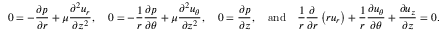
0 = - \frac { \partial p } { \partial r } + \mu \frac { \partial ^ { 2 } u _ { r } } { \partial { z } ^ { 2 } } , ~ ~ ~ 0 = - \frac { 1 } { r } \frac { \partial p } { \partial \theta } + \mu \frac { \partial ^ { 2 } u _ { \theta } } { \partial { z } ^ { 2 } } , ~ ~ ~ 0 = \frac { \partial p } { \partial z } , ~ ~ ~ \mathrm { a n d } ~ ~ ~ \frac { 1 } { r } \frac { \partial } { \partial r } \left( r u _ { r } \right) + \frac { 1 } { r } \frac { \partial u _ { \theta } } { \partial \theta } + \frac { \partial u _ { z } } { \partial z } = 0 .